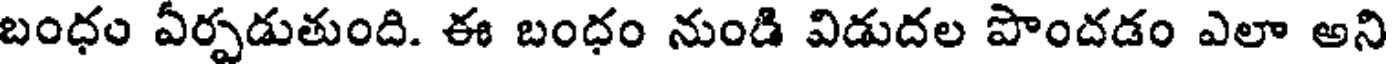
బంధం ఏర్పడుతుంది. ఈ బంధం నుండి విడుదల పొందడం ఎలా అని